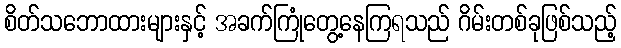
စိတ်သဘောထားများနှင့် အခက်ကြုံတွေ့နေကြရသည် ဂိမ်းတစ်ခုဖြစ်သည့်